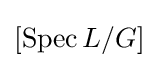
[\operatorname {Spec} L/G]